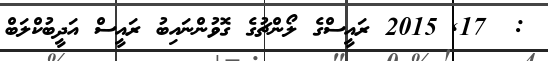
:  17